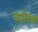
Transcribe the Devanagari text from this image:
द्ज़ेउस